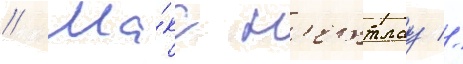
// Ма́кс н'еттлау //